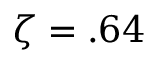
\zeta = . 6 4